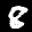
Label: 8